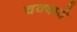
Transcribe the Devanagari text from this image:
चक्‍कवे